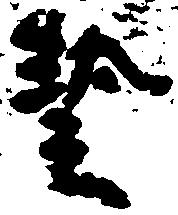
芸